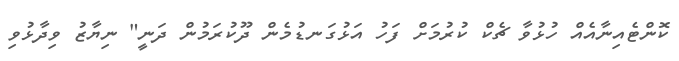
ކޮންޓެއިނާއެއް ހުޅުވާ ޗެކް ކުރުމަށް ފަހު އަޅުގަނޑުމެން ދޫކުރަމުން ދަނީ" ނިޔާޒު ވިދާޅުވި